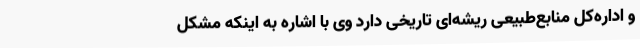
و اداره‌کل منابع‌طبیعی ریشه‌ای تاریخی دارد وی با اشاره به اینکه مشکل